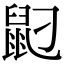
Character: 𪔸